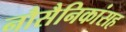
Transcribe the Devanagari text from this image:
नौसैनिकांसह